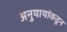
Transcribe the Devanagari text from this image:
अनुयायांकडून